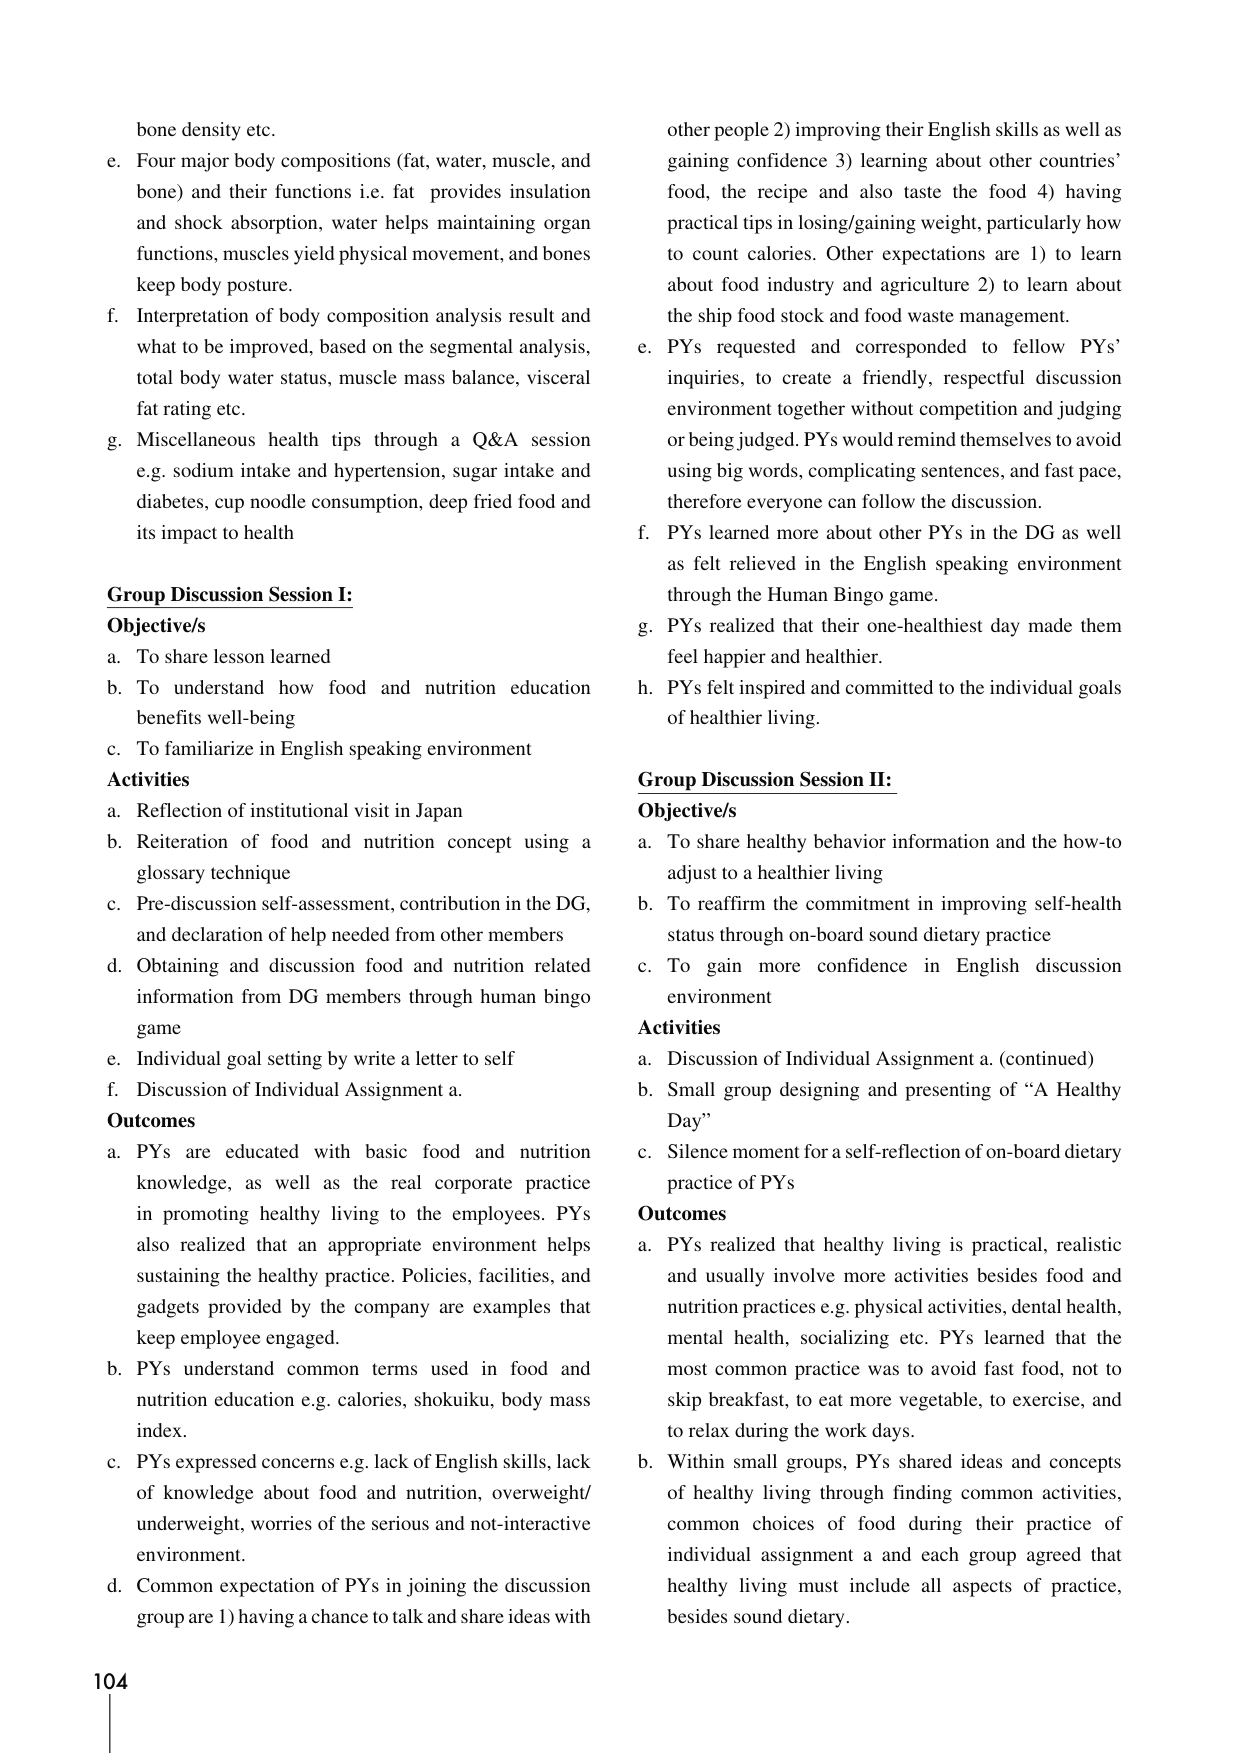
bone density etc.

e. Four major body compositions (fat, water, muscle, and bone) and their functions i.e. fat provides insulation and shock absorption, water helps maintaining organ functions, muscles yield physical movement, and bones keep body posture.

f. Interpretation of body composition analysis result and what to be improved, based on the segmental analysis, total body water status, muscle mass balance, visceral fat rating etc.

g. Miscellaneous health tips through a Q&A session e.g. sodium intake and hypertension, sugar intake and diabetes, cup noodle consumption, deep fried food and its impact to health

Group Discussion Session I:
Objective/s
a. To share lesson learned
b. To understand how food and nutrition education benefits well-being
c. To familiarize in English speaking environment

Activities
a. Reflection of institutional visit in Japan
b. Reiteration of food and nutrition concept using a glossary technique
c. Pre-discussion self-assessment, contribution in the DG, and declaration of help needed from other members
d. Obtaining and discussion food and nutrition related information from DG members through human bingo game
e. Individual goal setting by write a letter to self
f. Discussion of Individual Assignment a.

Outcomes
a. PYs are educated with basic food and nutrition knowledge, as well as the real corporate practice in promoting healthy living to the employees. PYs also realized that an appropriate environment helps sustaining the healthy practice. Policies, facilities, and gadgets provided by the company are examples that keep employee engaged.
b. PYs understand common terms used in food and nutrition education e.g. calories, shokuiku, body mass index.
c. PYs expressed concerns e.g. lack of English skills, lack of knowledge about food and nutrition, overweight/underweight, worries of the serious and not-interactive environment.
d. Common expectation of PYs in joining the discussion group are 1) having a chance to talk and share ideas with other people 2) improving their English skills as well as gaining confidence 3) learning about other countries’ food, the recipe and also taste the food 4) having practical tips in losing/gaining weight, particularly how to count calories. Other expectations are 1) to learn about food industry and agriculture 2) to learn about the ship food stock and food waste management.

e. PYs requested and corresponded to fellow PYs’ inquiries, to create a friendly, respectful discussion environment together without competition and judging or being judged. PYs would remind themselves to avoid using big words, complicating sentences, and fast pace, therefore everyone can follow the discussion.
f. PYs learned more about other PYs in the DG as well as felt relieved in the English speaking environment through the Human Bingo game.
g. PYs realized that their one-healthiest day made them feel happier and healthier.
h. PYs felt inspired and committed to the individual goals of healthier living.

Group Discussion Session II:
Objective/s
a. To share healthy behavior information and the how-to adjust to a healthier living
b. To reaffirm the commitment in improving self-health status through on-board sound dietary practice
c. To gain more confidence in English discussion environment

Activities
a. Discussion of Individual Assignment a. (continued)
b. Small group designing and presenting of “A Healthy Day”
c. Silence moment for a self-reflection of on-board dietary practice of PYs

Outcomes
a. PYs realized that healthy living is practical, realistic and usually involve more activities besides food and nutrition practices e.g. physical activities, dental health, mental health, socializing etc. PYs learned that the most common practice was to avoid fast food, not to skip breakfast, to eat more vegetable, to exercise, and to relax during the work days.
b. Within small groups, PYs shared ideas and concepts of healthy living through finding common activities, common choices of food during their practice of individual assignment a and each group agreed that healthy living must include all aspects of practice, besides sound dietary.

104